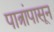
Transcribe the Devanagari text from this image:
पात्रांपासून